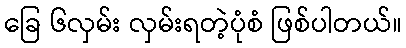
ခြေ ၆လှမ်း လှမ်းရတဲ့ပုံစံ ဖြစ်ပါတယ်။